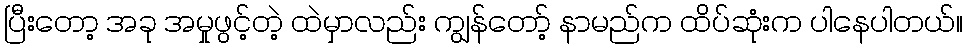
ပြီးတော့ အခု အမှုဖွင့်တဲ့ ထဲမှာလည်း ကျွန်တော့် နာမည်က ထိပ်ဆုံးက ပါနေပါတယ်။